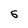
Character: S